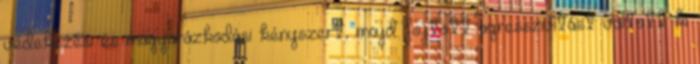
védekezési és magyarázkodási kényszert, majd fojtott agresszivitást váltott ki